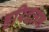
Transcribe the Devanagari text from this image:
हरिदत्तन